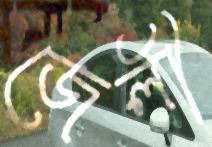
জেলী